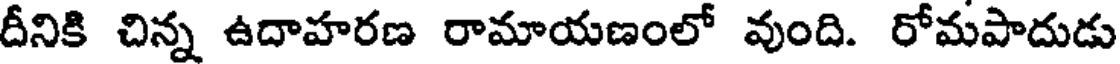
దీనికి చిన్న ఉదాహరణ రామాయణంలో వుంది. రోమపాదుడు